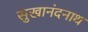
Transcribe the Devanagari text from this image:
सुखानंदनाथ